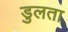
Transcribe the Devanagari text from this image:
डुलता